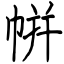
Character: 帲